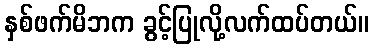
နှစ်ဖက်မိဘက ခွင့်ပြုလို့လက်ထပ်တယ်။